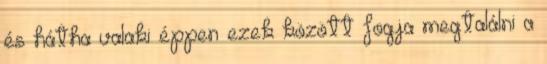
és hátha valaki éppen ezek között fogja megtalálni a